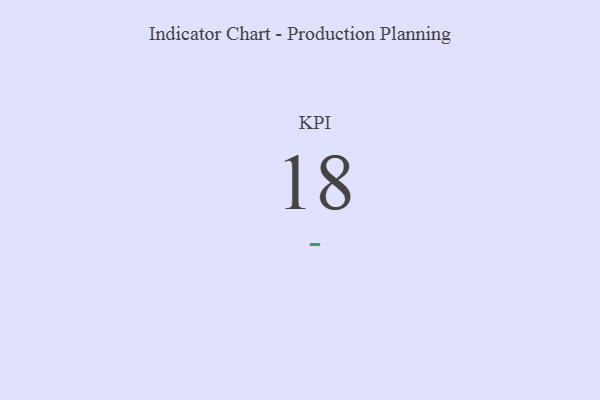
{"axis": {"x": "KPI", "y": "Value"}, "legend": [""], "data": [{"x": "KPI", "y": 18, "type": ""}]}